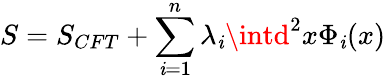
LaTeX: S=S_{CFT}+\sum_{\mathit{i}=1}^{n}\lambda_{\mathit{i}}\intd^{2}x\Phi_{\mathit{i}}(x)